Scientific memoirs by medical officers of the Army of India - Part VIII,
Year: 1894
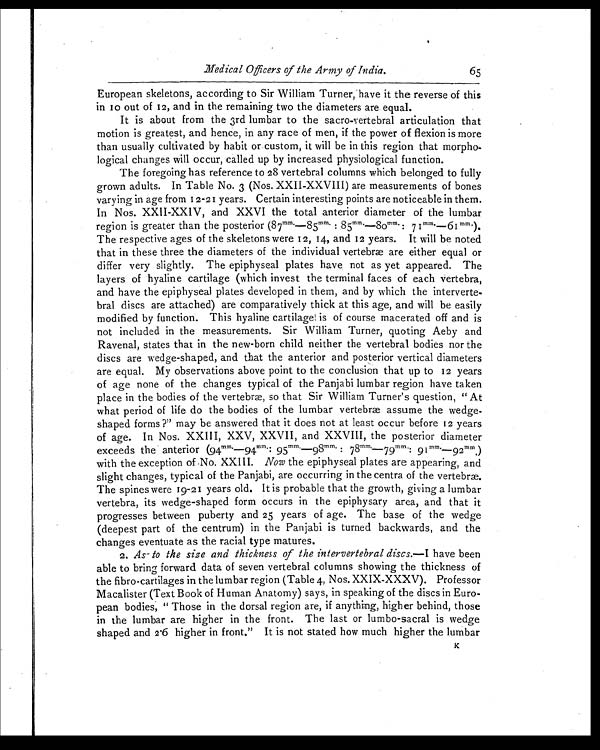
Medical Officers of the Army of India.
65
European skeletons, according to Sir William Turner, have it the reverse of this
in 10 out of 12, and in the remaining two the diameters are equal.
It is about from the 3rd lumbar to the sacro-vertebral articulation that
motion is greatest, and hence, in any race of men, if the power of flexion is more
than usually cultivated by habit or custom, it will be in this region that morpho-
logical changes will occur, called up by increased physiological function.
The foregoing has reference to 28 vertebral columns which belonged to fully
grown adults. In Table No. 3 (Nos. XXII-XXVIII) are measurements of bones
varying in age from 12-21 years. Certain interesting points are noticeable in them.
In Nos. XXII-XXIV, and XXVI the total anterior diameter of the lumbar
region is greater than the posterior (87 mm.—85mm.
:85mm. :—80mm.:—71mm.: — 6 1
m m .
) .
The respective ages of the skeletons were 12, 14, and 12 years. It will be noted
that in these three the diameters of the individual vertebræ are either equal or
differ very slightly. The epiphyseal plates have, not as yet appeared. The
layers of hyaline cartilage (which invest the terminal faces of each vertebra,
and have the epiphyseal plates developed in them, and by which the interverte-
bral discs are attached) are comparatively thick at this age, and will be easily
modified by function. This hyaline cartilage is of course macerated off and is
not included in the measurements. Sir William Turner, quoting Aeby and
Ravenal, states that in the new-born child neither the vertebral bodies nor the
discs are wedge-shaped, and that the anterior and posterior vertical diameters
are equal. My observations above point to the conclusion that up to 12 years
of age none of the changes typical of the Panjabi lumbar region have taken
place in the bodies of the vertebræ, so that Sir William Turner's question, " At
what period of life do the bodies of the lumbar vertebræ assume the wedge-
shaped forms ?" may be answered that it does not at least occur before 12 years
of age. In Nos. XXIII, XXV, XXVII, and XXVIII, the posterior diameter
exceeds the anterior (94 mm.—94mm.: 95mm.: 98mm.: 78
mm.:—79 mm.:
91 mm.—92 mm. : . )
with the exception of No. XXIII. Now the epiphyseal plates are appearing, and
slight changes, typical of the Panjabi, are occurring in the centra of the vertebræ.
The spines were 19-21 years old. It is probable that the growth, giving a lumbar
vertebra, its wedge-shaped form occurs in the epiphysary area, and that it
progresses between puberty and 25 years of age. The base of the wedge
(deepest part of the centrum) in the Panjabi is turned backwards, and the
changes eventuate as the racial type matures.
2. As to the size and thickness of the intervertebral discs.— I have been
able to bring forward data of seven vertebral columns showing the thickness of
the fibro-cartilages in the lumbar region (Table 4, Nos. XXIX-XXXV). Professor
Macalister (Text Book of Human Anatomy) says, in speaking of the discs in Euro-
pean bodies, " Those in the dorsal region are, if anything, higher behind, those
in the lumbar are higher in the front. The last or lumbo-sacral is wedge
shaped and 2.6 higher in front." It is not stated how much higher the lumbar
K